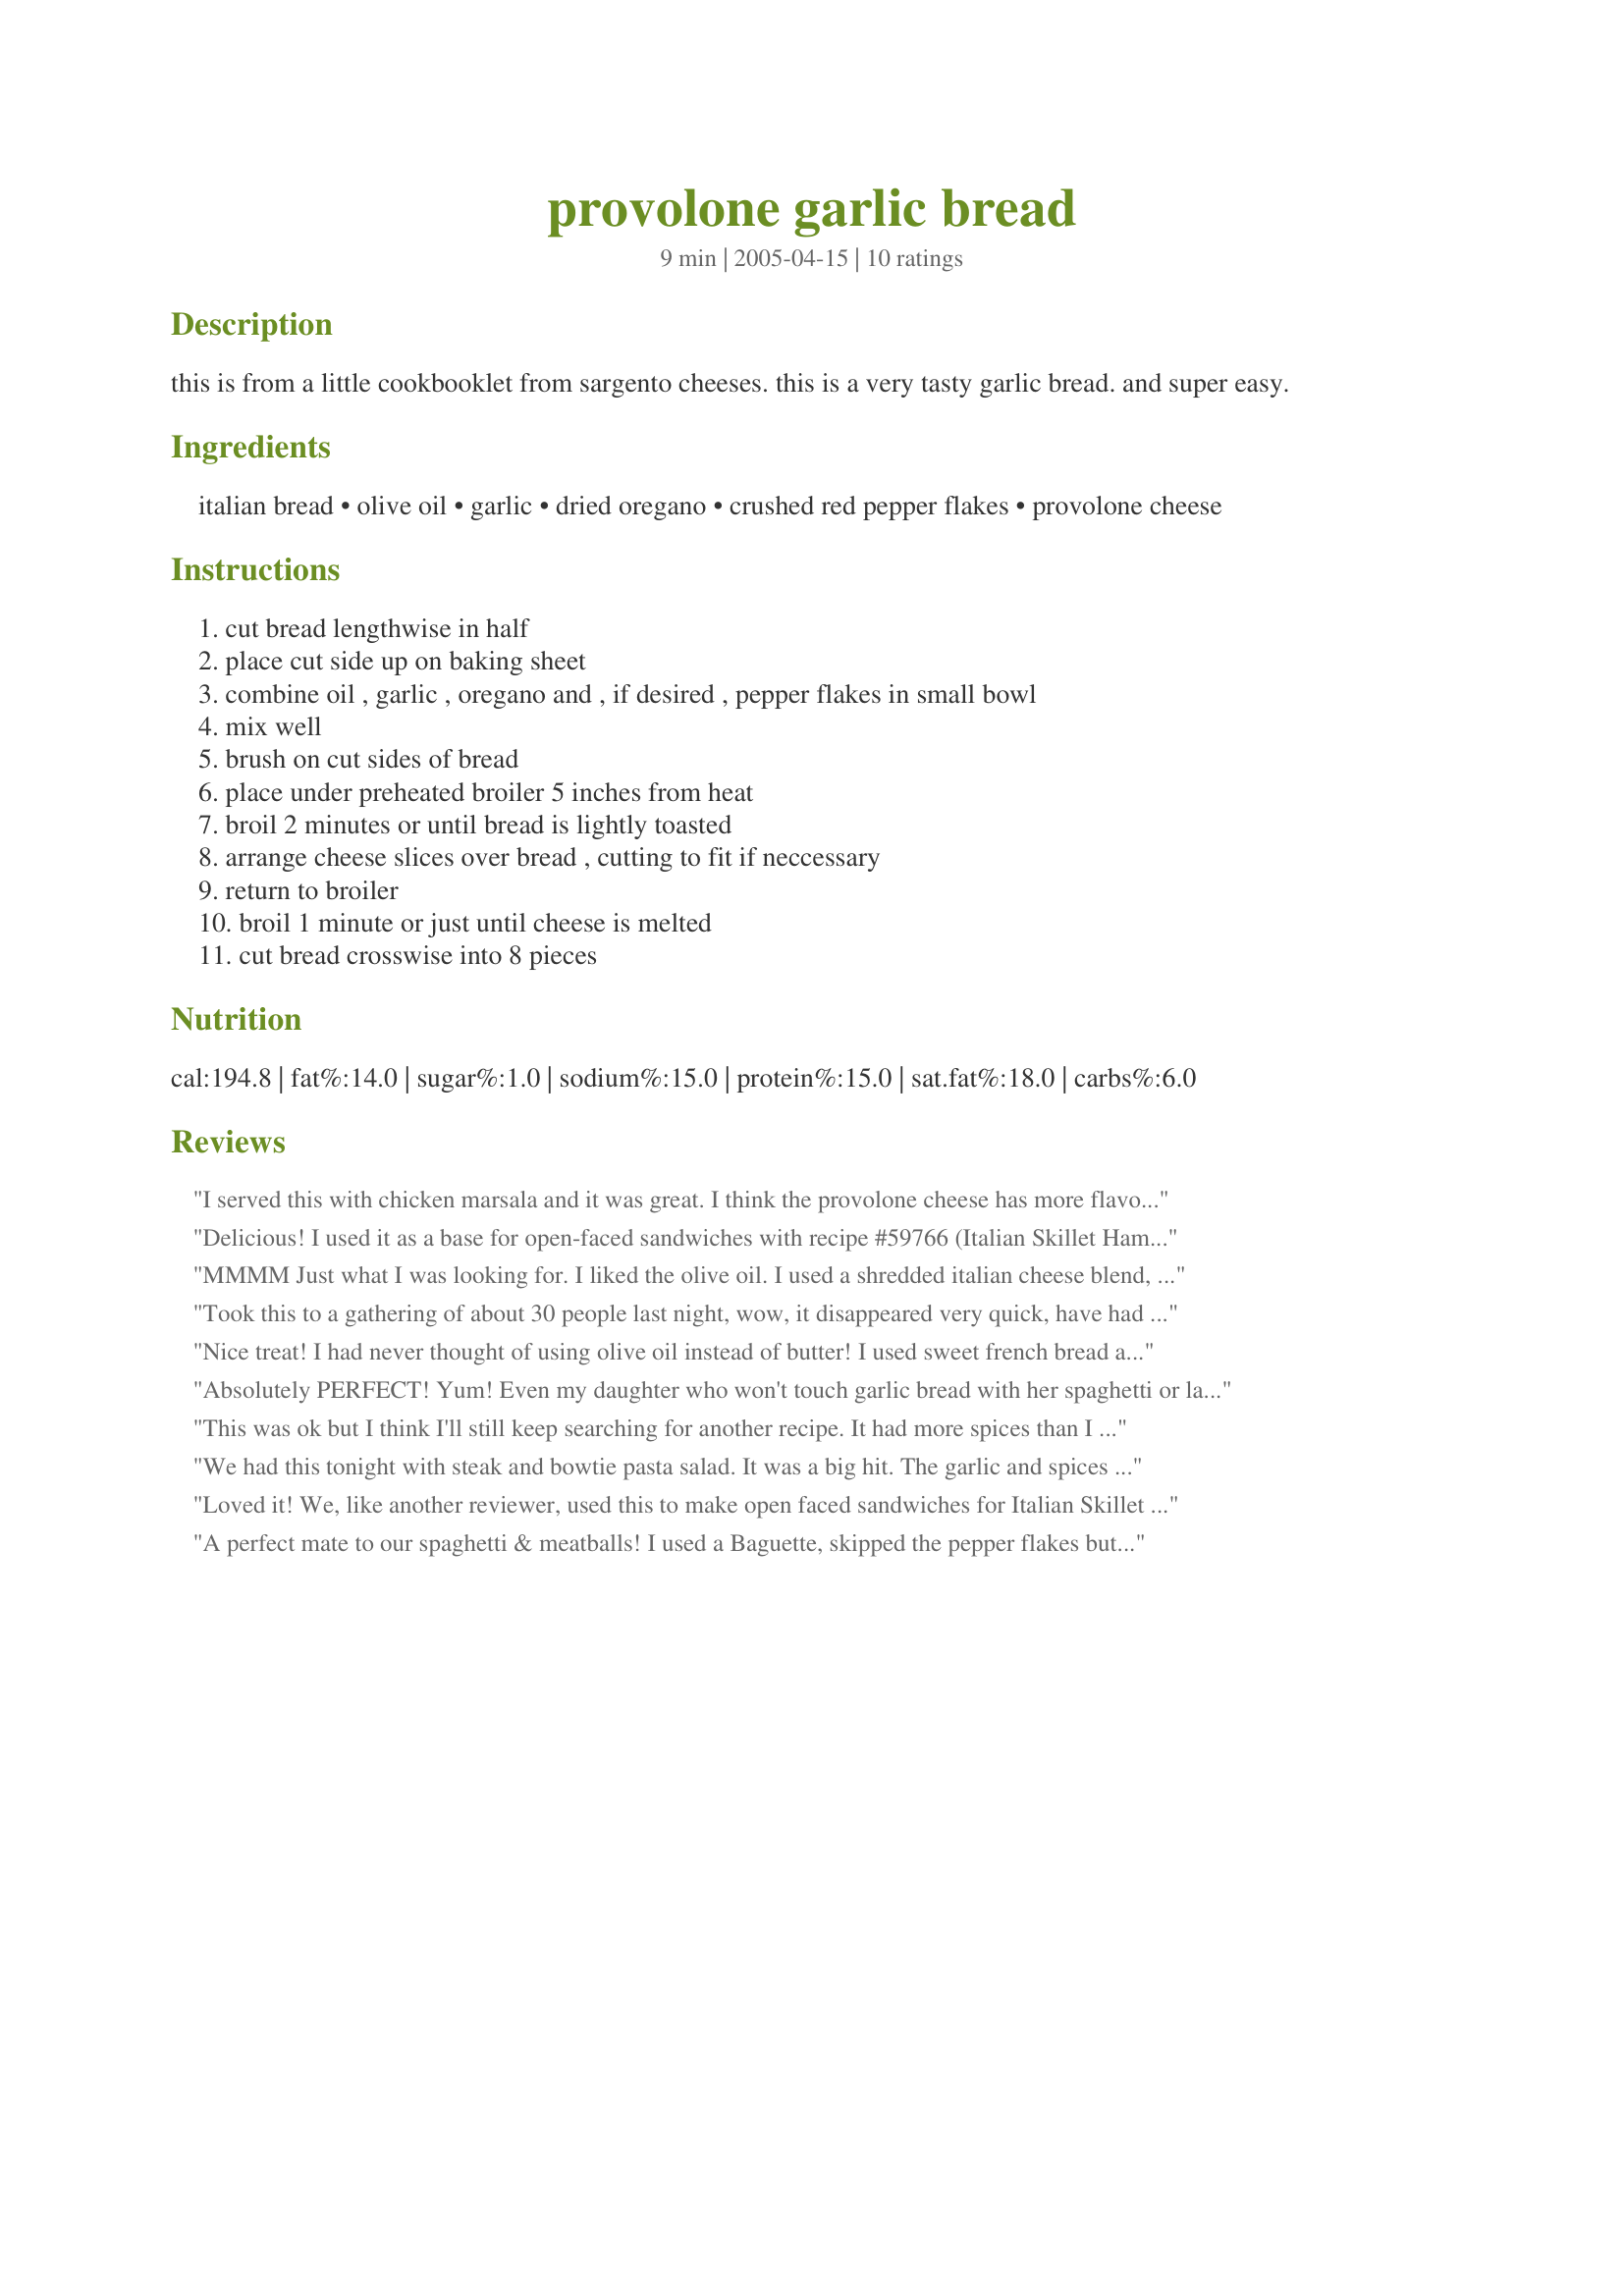
provolone garlic bread
Preparation time: 9 minutes

this is from a little cookbooklet from sargento cheeses. this is a very tasty garlic bread. and super easy.

Ingredients:
italian bread, olive oil, garlic, dried oregano, crushed red pepper flakes, provolone cheese

Steps:
cut bread lengthwise in half, place cut side up on baking sheet, combine oil , garlic , oregano and , if desired , pepper flakes in small bowl, mix well, brush on cut sides of bread, place under preheated broiler 5 inches from heat, broil 2 minutes or until bread is lightly toasted, arrange cheese slices over bread , cutting to fit if neccessary, return to broiler, broil 1 minute or just until cheese is melted, cut bread crosswise into 8 pieces

Reviews:
I served this with chicken marsala and it was great. I think the provolone cheese has more flavor than a mozzarella cheese would. I used the crushed red pepper flakes and I'm glad I did.
Delicious! I used it as a base for open-faced sandwiches with recipe #59766 (Italian Skillet Hamburgers). DH loved it!
MMMM Just what I was looking for. I liked the olive oil. I used a shredded italian cheese blend, next time I will try it with the sliced provolone. Thanks for posting..
Took this to a gathering of about 30 people last night, wow, it disappeared very quick, have had to hand out the recipe to a few people.
This was eaten at a bbq and went really well with the steaks and salad. I used mozzarella, next time will try provolone and did use the crushed pepper flakes. Thanks.
Nice treat! I had never thought of using olive oil instead of butter! I used sweet french bread as I could not find the Italian, which I would have preferred, and mozzarella.
Absolutely PERFECT! Yum! Even my daughter who won't touch garlic bread with her spaghetti or lasagna, tried this and had THIRDS!!! (Made the other 2 kids mad because they wanted more!) YUM! Thank you, very much, for this recipe! Now we can ALL enjoy our bread with our pasta! :)
This was ok but I think I'll still keep searching for another recipe. It had more spices than I would have liked.

Mandi
We had this tonight with steak and bowtie pasta salad. It was a big hit. The garlic and spices were a perfect compliment to the provolone cheese.
Loved it! We, like another reviewer, used this to make open faced sandwiches for Italian Skillet Burgers. YUM! Very easy, too.
A perfect mate to our spaghetti & meatballs! I used a Baguette, skipped the pepper flakes but added some fresh Italian parsley to the mixture. I cut my own slices from a block of Mozarella - I'll grate it next time so it melts a little quicker. Thanx cookin!
